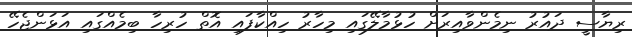
ރިޔާސީ ދައުރު ނިމެންވާއިރަށް ހުޅުމާލޭގައި މިހާރު ހިއްކާފައި އޮތް ހުރިހާ ބިމެއްގައި އަޅަންޖެހޭ